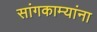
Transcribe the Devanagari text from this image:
सांगकाम्यांना